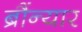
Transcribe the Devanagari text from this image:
ब्रौंन्यार